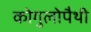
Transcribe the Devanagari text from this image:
कोगुलोपैथी